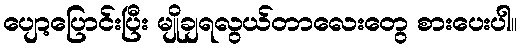
ပျော့ပြောင်းပြီး မျိုချရလွယ်တာလေးတွေ စားပေးပါ။